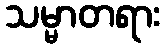
သမ္မာတရား